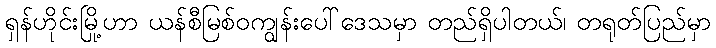
ရှန်ဟိုင်းမြို့ဟာ ယန်စီမြစ်ဝကျွန်းပေါ်ဒေသမှာ တည်ရှိပါတယ်၊ တရုတ်ပြည်မှာ